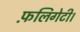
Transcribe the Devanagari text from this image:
फ़लिगेटी।